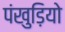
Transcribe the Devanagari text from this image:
पंखुड़ियो